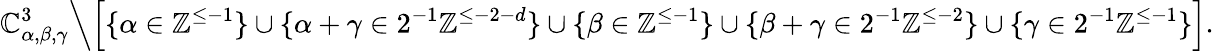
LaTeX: \mathbb{C}_{\alpha,\beta,\gamma}^{3}\Big\backslash\Big[\{ \alpha\in\mathbb{Z}^{\leq-1}\} \cup\{ \alpha+\gamma\in 2^{-1}\mathbb{Z}^{\leq-2-d}\} \cup\{ \beta\in\mathbb{Z}^{\leq-1}\} \cup\{ \beta+\gamma\in 2^{-1}\mathbb{Z}^{\leq-2}\} \cup\{ \gamma\in 2^{-1}\mathbb{Z}^{\leq-1}\} \Big].